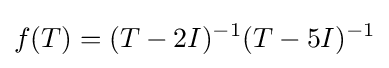
f(T)=(T-2I)^{-1}(T-5I)^{-1}